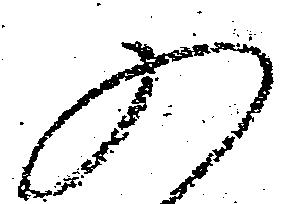
の